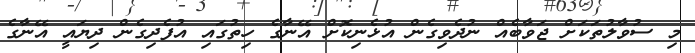
މި ސުވާލުތަކަށް ޖަވާބެއް ނުދެވިގެން އުޅެނިކޮށް އޭނާގެ ހިތުގައި އުފެދިގެން ދިޔައީ އޭނާގެ